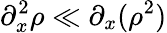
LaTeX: \partial_{x}^{2}\rho\ll\partial_{x}(\rho^{2})